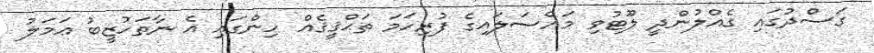
ގަސްދުގައި ގެއްލުންދީ ލޫޓުވި މައްސަލައިގެ ފުރިހަމަ ތަޙްޤީޤެއް ހިންގައި އެ ނާތަހުޒީބު ޢަމަލު